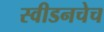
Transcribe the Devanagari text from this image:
स्वीडनचेच